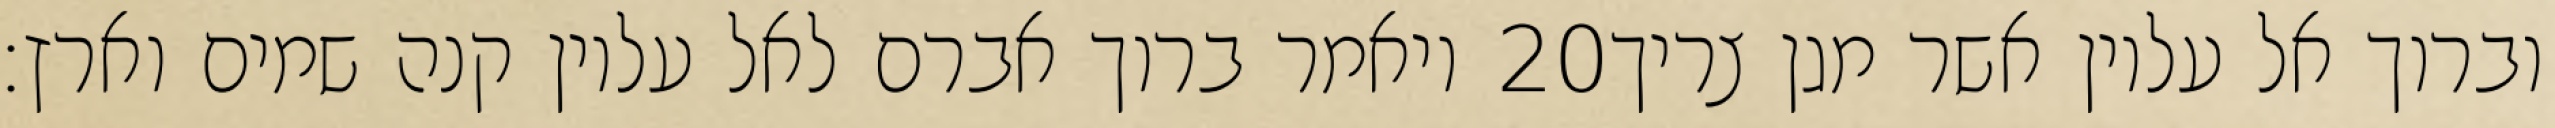
ויאמר ברוך אברם לאל עליון קנה שמים וארץ׃ ‎20‏ וברוך אל עליון אשר מגן צריך